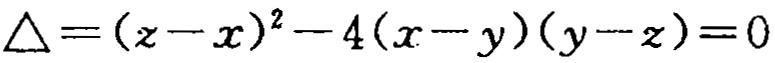
\(\triangle=(z - x)^{2}-4(x - y)(y - z)=0\)